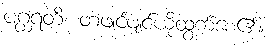
ပဂ္ဃရတိ၊ တဖျင်ဖျင်ယိုထွက်စေ၏။